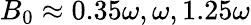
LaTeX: B_{0}\approx 0.35\omega,\omega,1.25\omega